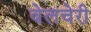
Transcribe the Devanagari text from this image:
वेलचेरी